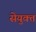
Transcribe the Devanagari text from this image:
सेयुक्त